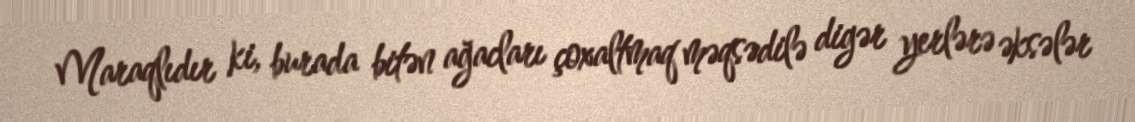
Maraqlıdır ki, burada bitən ağacları çoxaltmaq məqsədilə digər yerlərə əksələr